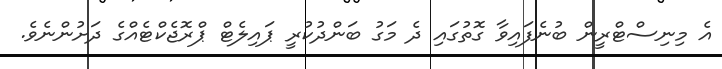
އެ މިނިސްޓްރީން ބުނެފައިވާ ގޮތުގައި ދެ މަގު ބަންދުކުރީ ޕައިލެޓް ޕްރޮޖެކްޓެއްގެ ދަށުންނެވެ.